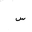
Letter: _sin